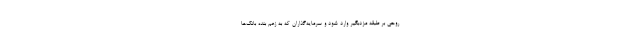
روحی بر طبقه مزدبگیر وارد شود و سرمایه‌گذاران که به زعم بنده بانک‌ها